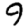
Digit: 9